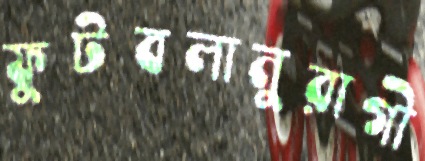
ফুটবলানুরাগী